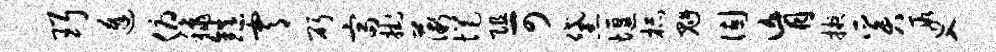
珥逢俯秋镇霄斫富挂薇悒阻可黛堰杯魁固肓掖奚遐入